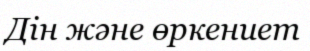
Дін және өркениет